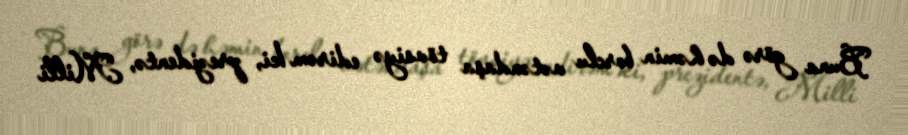
Buna görə də həmin borclu vətəndaşa tövsiyə edirəm ki, prezidentə, Milli